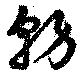
務